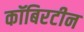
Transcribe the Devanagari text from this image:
कॉबिरटीन